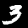
Label: 3